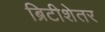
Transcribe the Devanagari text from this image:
ब्रिटीशेतर